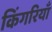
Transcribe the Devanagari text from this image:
किंगरियाँ